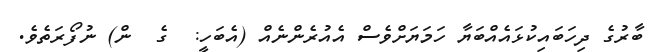
ބާރުގެ ދިހަބައިކުޅައެއްބަޔާ ހަމަޔަށްވެސް އެއުރެންނެއް (އެބަހީ:  ގެ  ން) ނުފޯރަތެވެ.